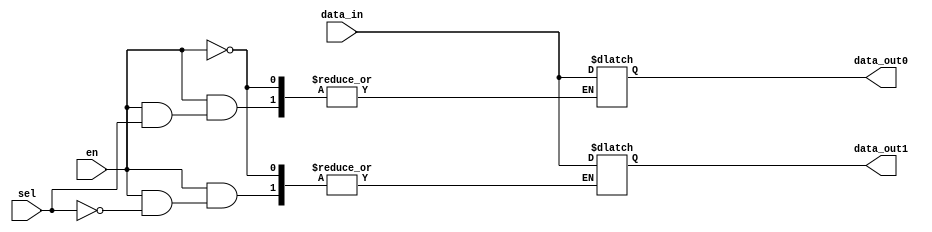
//////////////////////////////////////////////////////////////////////////////////
// Team: 
// Member: 
// 
// Module Name:    Control_Unit 
// Project Name:   Pocket_Calculator_Processor
//
// Additional Comments: 
//
//////////////////////////////////////////////////////////////////////////////////

module demux(
    input [15:0] data_in,
    input sel, en,
    output reg [15:0] data_out0,
    output reg [15:0] data_out1
);

always @(*)begin
  if(en)begin
    if(sel == 0) 
      data_out0 = data_in;
    else 
      data_out1 = data_in;
  
  end

end

endmodule